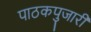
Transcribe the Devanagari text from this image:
पाठकपुजारी